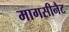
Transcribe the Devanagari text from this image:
मागसीनैट